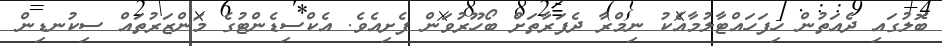
ބޮލުގައި ދެއަތުން ހިފަހައްޓާލުމާއެކު ނިމްރާ ދެފަރާތަށް ބޯހޫރުވަން ފެށިއެވެ. އެކްސިޑެންޓުގެ މަންޒަރުތައް ސިކުނޑިން